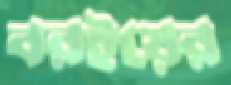
বরইয়ের